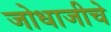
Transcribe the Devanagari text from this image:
जोधाजीचे